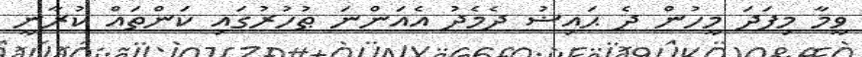
ވީމާ މިފަދަ މީހުން ދެ ޙައިޟު ދެމެދު އެއަންނަ ޠުހުރުގައި ކަންތައް ކުރާނީ